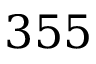
3 5 5